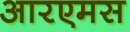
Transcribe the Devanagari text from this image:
आरएमस